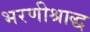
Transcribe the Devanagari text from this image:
भरणीश्राद्ध